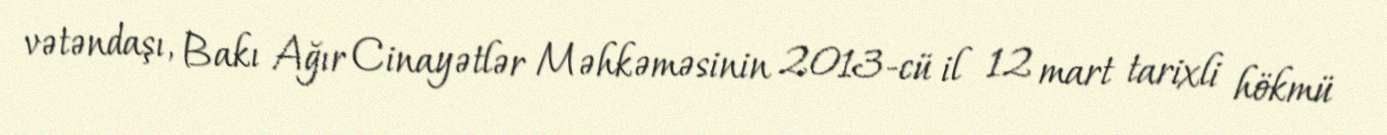
vətəndaşı, Bakı Ağır Cinayətlər Məhkəməsinin 2013-cü il 12 mart tarixli hökmü